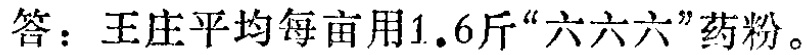
答：王庄平均每亩用\(1.6\)斤“六六六”药粉。